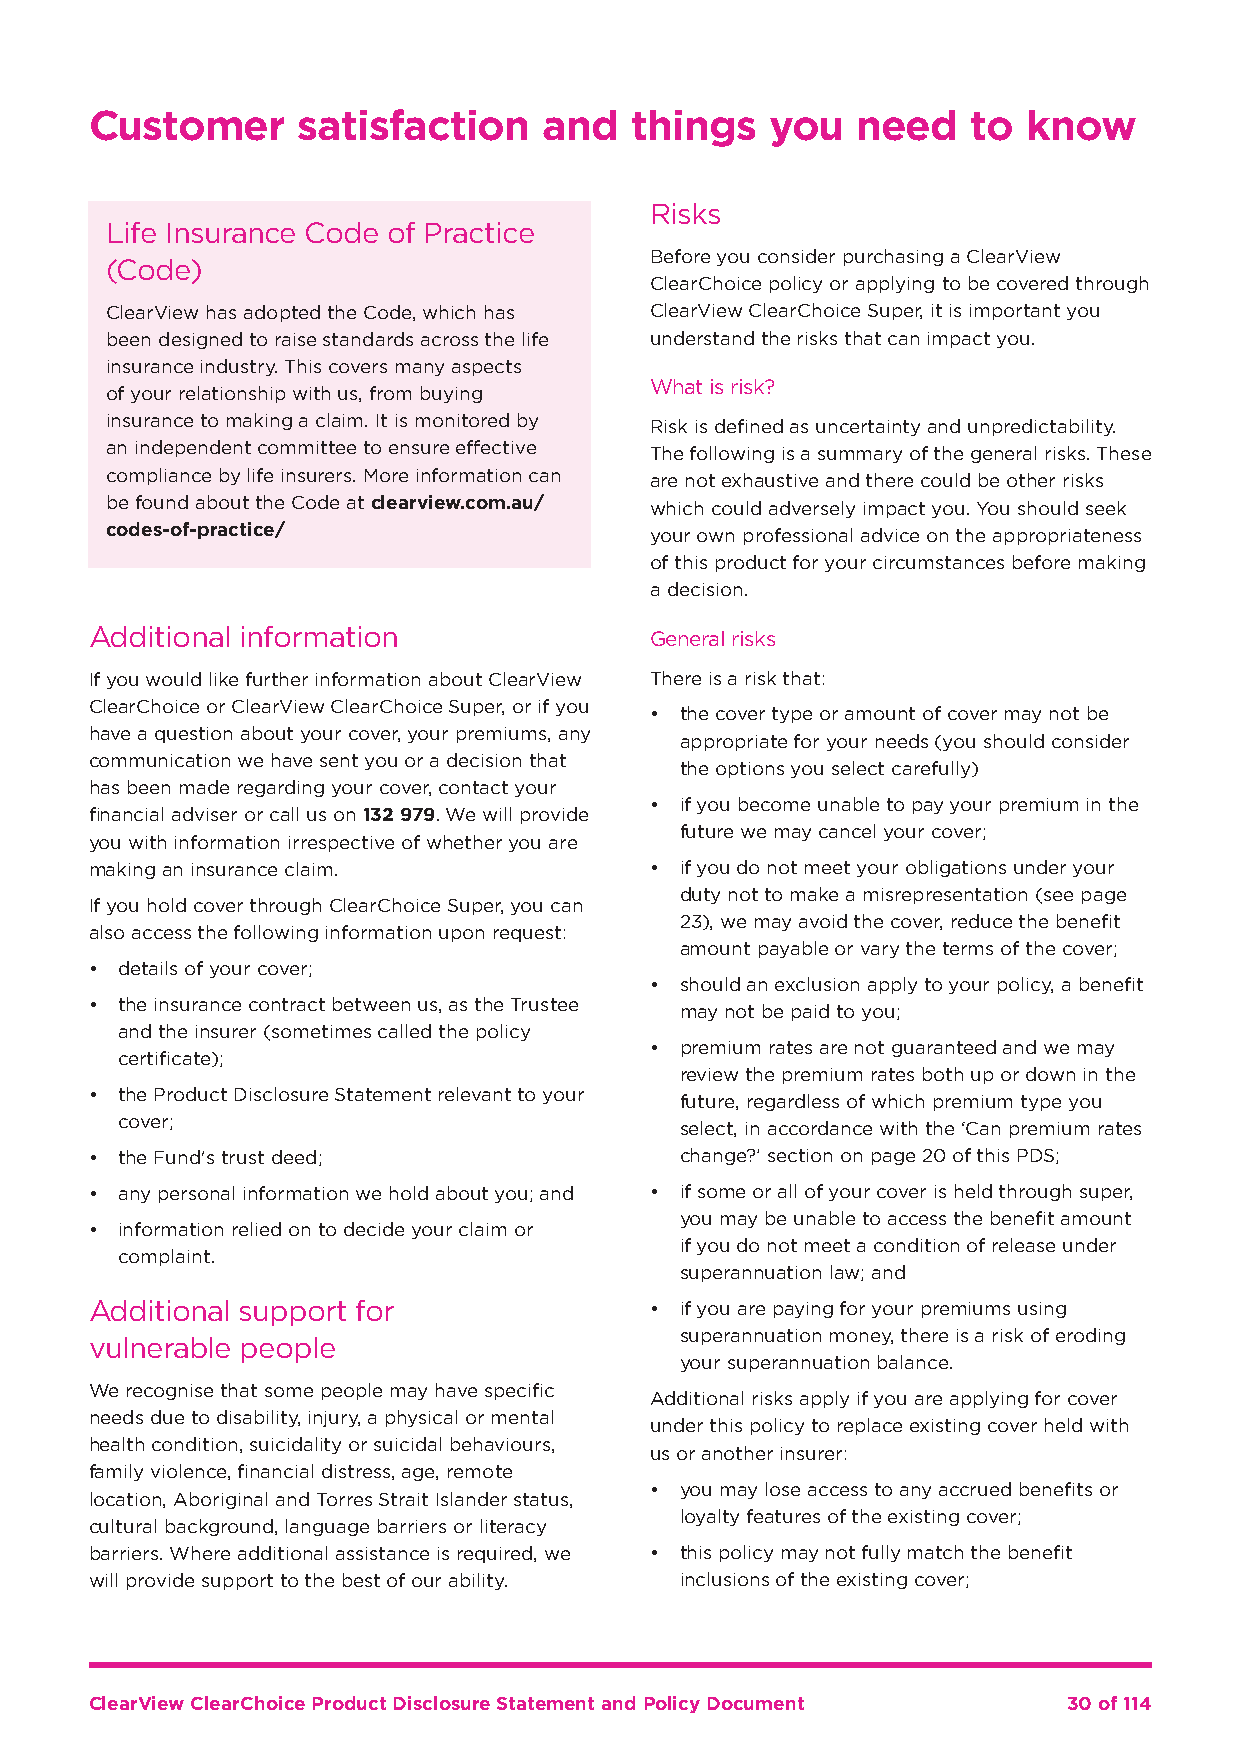
Customer      satisfaction    and   things   you   need   to  know
 Risks
 Life Insurance Code of Practice
 Before you consider purchasing a ClearView
 (Code)
 ClearChoice policy or applying to be covered through
 ClearView has adopted the Code, which has ClearView ClearChoice Super, it is important you
 been designed to raise standards across the life understand the risks that can impact you.
 insurance industry. This covers many aspects
 What is risk?
 of your relationship with us, from buying
 insurance to making a claim. It is monitored by Risk is defined as uncertainty and unpredictability.
 an independent committee to ensure effective The following is a summary of the general risks. These
 compliance by life insurers. More information can are not exhaustive and there could be other risks
 be found about the Code at clearview.com.au/ which could adversely impact you. You should seek
 codes-of-practice/                  your own professional advice on the appropriateness
 of this product for your circumstances before making
 a decision.
 Additional information               General risks
 If you would like further information about ClearView There is a risk that:
 ClearChoice or ClearView ClearChoice Super, or if you
 • the cover type or amount of cover may not be
 have a question about your cover, your premiums, any
 appropriate for your needs (you should consider
 communication we have sent you or a decision that
 the options you select carefully)
 has been made regarding your cover, contact your
 • if you become unable to pay your premium in the
 financial adviser or call us on 132 979. We will provide
 future we may cancel your cover;
 you with information irrespective of whether you are
 making an insurance claim.           • if you do not meet your obligations under your
 duty not to make a misrepresentation (see page
 If you hold cover through ClearChoice Super, you can
 23), we may avoid the cover, reduce the benefit
 also access the following information upon request:
 amount payable or vary the terms of the cover;
 • details of your cover;
 • should an exclusion apply to your policy, a benefit
 • the insurance contract between us, as the Trustee
 may not be paid to you;
 and the insurer (sometimes called the policy
 • premium rates are not guaranteed and we may
 certificate);
 review the premium rates both up or down in the
 • the Product Disclosure Statement relevant to your
 future, regardless of which premium type you
 cover;
 select, in accordance with the ‘Can premium rates
 • the Fund's trust deed;               change?’ section on page 20 of this PDS;
 • any personal information we hold about you; and • if some or all of your cover is held through super,
 you may be unable to access the benefit amount
 • information relied on to decide your claim or
 if you do not meet a condition of release under
 complaint.
 superannuation law; and
 Additional support for               • if you are paying for your premiums using
 superannuation money, there is a risk of eroding
 vulnerable people
 your superannuation balance.
 We recognise that some people may have specific
 Additional risks apply if you are applying for cover
 needs due to disability, injury, a physical or mental
 under this policy to replace existing cover held with
 health condition, suicidality or suicidal behaviours,
 us or another insurer:
 family violence, financial distress, age, remote
 • you may lose access to any accrued benefits or
 location, Aboriginal and Torres Strait Islander status,
 loyalty features of the existing cover;
 cultural background, language barriers or literacy
 barriers. Where additional assistance is required, we • this policy may not fully match the benefit
 will provide support to the best of our ability. inclusions of the existing cover;
 ClearView ClearChoice Product Disclosure Statement and Policy Document 30 of 114